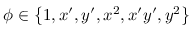
\phi \in \left\{ 1 , x ^ { \prime } , y ^ { \prime } , x ^ { 2 } , x ^ { \prime } y ^ { \prime } , y ^ { 2 } \right\}